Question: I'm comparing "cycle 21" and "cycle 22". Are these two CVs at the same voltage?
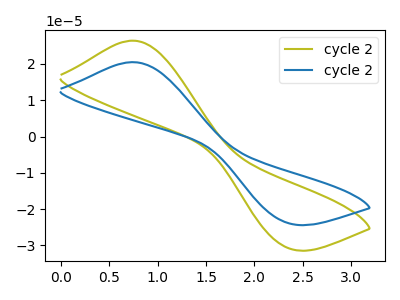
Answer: <think>The olive curve "cycle 21" has an anodic peak at (0.75V, 26.45uA) and a cathodic peak at (2.35V, -30.75uA). The blue curve "cycle 22" has an anodic peak at (0.75V, 20.50uA) and a cathodic peak at (2.35V, -23.85uA).
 All the peaks in "cycle 21" have a peak in "cycle 22" at the same potential. Every peak in "cycle 21" is higher than every peak in "cycle 22".</think>
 <answer>"cycle 21" and "cycle 22" are similar in shape.</answer>
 <eval>same_shape</eval>